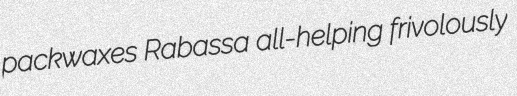
packwaxes Rabassa all-helping frivolously